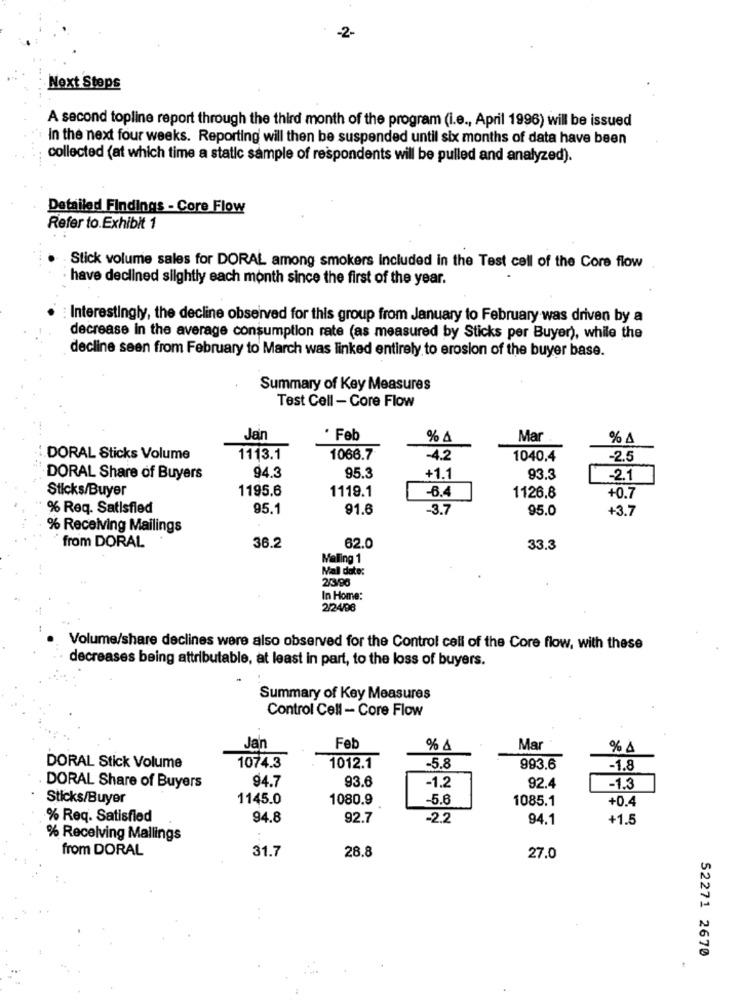
-2-
Next Steps
A second topline report through the third month of the program (i.e ., April 1996) will be issued
In the next four weeks. Reporting will then be suspended until six months of data have been
collected (at which time a static sample of respondents will be pulled and analyzed).
Detailed Findings - Core Flow
Refer to.Exhibit 1
Stick volume sales for DORAL among smokers Included in the Test call of the Core flow
have declined silghtly each month since the first of the year.
: Interestingly, the decline observed for this group from January to February was driven by a
decrease in the average consumption rate (as measured by Sticks per Buyer), while the
decline seen from February to March was linked entirely to erosion of the buyer base.
Summary of Key Measures
Test Cell - Core Flow
Jan
· Feb
% A
Mar
% A
DORAL Sticks Volume
1113.1
1066.7
-4.2
1040.4
-2.5
DORAL Share of Buyers
94.3
95.3
+1.1
93.3
-2.1
Sticks/Buyer
1195.6
1119.1
-8.4
1126.8
+0.7
% Req. Satisfied
95.1
91.6
-3.7
95.0
+3.7
% Receiving Mailings
62.0
from DORAL
36.2
33.3
Malling 1
Mal date:
2/3/96
In Home:
2/24/96
Volume/share declines were also observed for the Control cell of the Core flow, with these
decreases being attributable, at least in part, to the loss of buyers.
Summary of Key Measures
Control Cell - Core Flow
Jan
Fet
% &
Ma
% A
DORAL Stick Volume
1074.3
1012.1
-5.8
993.6
-1.8
94.7
93.6
DORAL Share of Buyers
-1.2
92.4
-1.3
Sticks/Buyer
1145.0
1080.9
-5.6
1085.1
+0.4
% Req. Satisfied
94.8
92.7
-2.2
94.1
+1.5
% Receiving Mallings
from DORAL
31.7
28.8
27.0
52271 2670